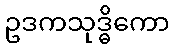
ဥဒကသုဒ္ဓိကော